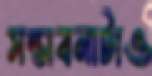
সম্ভাবনাটাও